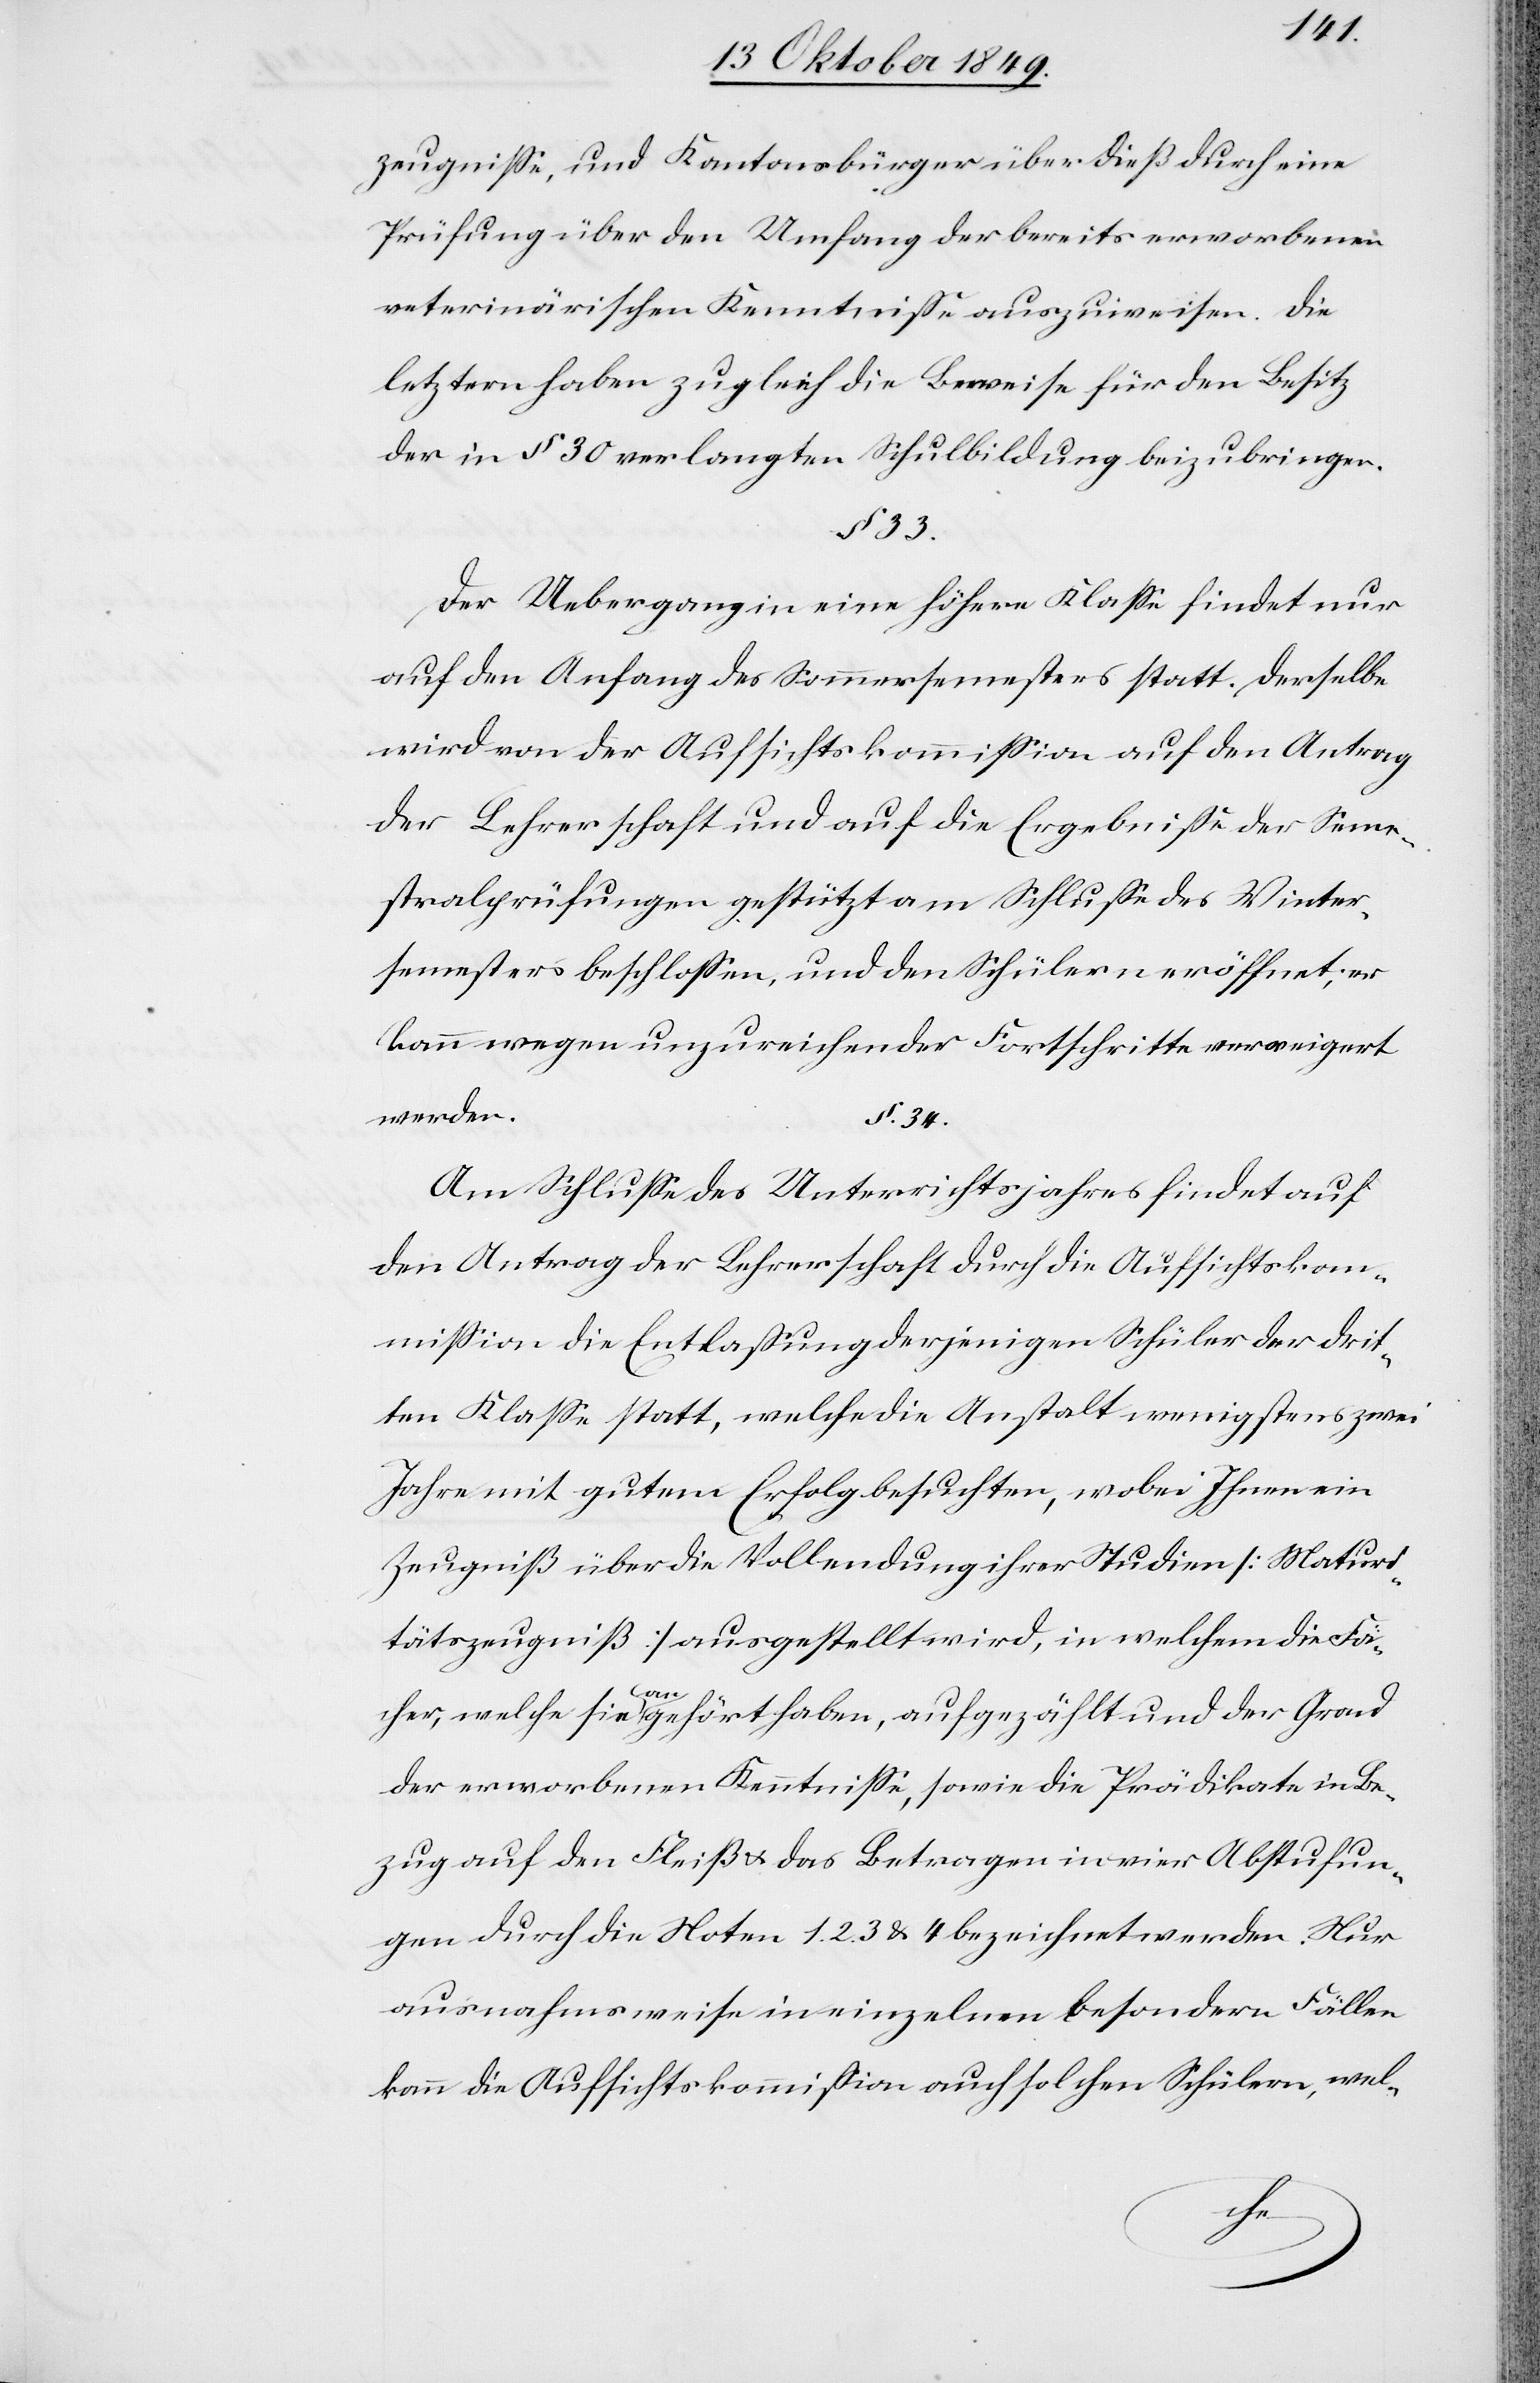
zeugniße, und Kantonsbürger überdieß durch eine
Prüfung über den Umfang der bereits erworbenen
veterinärischen Kenntniß auszuweisen. Die
letztern haben zugleich die Beweise für den Besitz
der in § 30 erlangten Schulbildung beizubringen.
§ 33.
Der Uebergang in eine höhere Klaße findet nur
auf den Anfang des Sommersemesters statt. Derselbe
wird von der Aufsichtskommißion auf den Antrag
der Lehrerschaft und auf die Ergebniße der Seme¬
stralprüfungen gestützt am Schluße des Winter¬
semesters beschloßen, und den Schülern eröffnet; er
kann wegen unzureichender Fortschritte verweigert
werden.
§ 34.
Am Schluße des Unterrichtsjahres findet auf
den Antrag der Lehrerschaft durch die Aufsichtskom¬
mißion die Entlaßung derjenigen Schüler der drit¬
ten Klaße statt, welche die Anstalt, wenigstens zwei
Jahre mit gutem Erfolg besuchten, wobei Ihnen ein
Zeugniß über die Vollendung ihrer Studien [Maturi¬
tätszeugniß] ausgestellt wird, in welchem die Fä¬
cher, welche sie angehört haben, aufgezählt und der Grad
der erworbenen Kenntniße, sowie die Prädikate in Be¬
zug auf den Fleiß u. das Betragen in vier Abstufun¬
gen durch die Noten 1.2.3.4 bezeichnet werden. Nur
ausnahmsweise in einzelnen besondern Fällen
kann die Aufsichtskommißion auch solchen Schülern, wel-